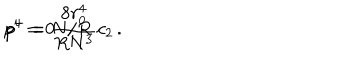
p ^ { + } = N / R \hspace { 1 . 0 c m } p ^ { i } = 0 \hspace { 1 . 0 c m } p ^ { - } = { \frac { 8 r _ { 0 } ^ { 4 } } { R N ^ { 3 } } } c _ { 2 } \, .